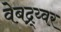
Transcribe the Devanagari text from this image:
वेबद्र्य्वर